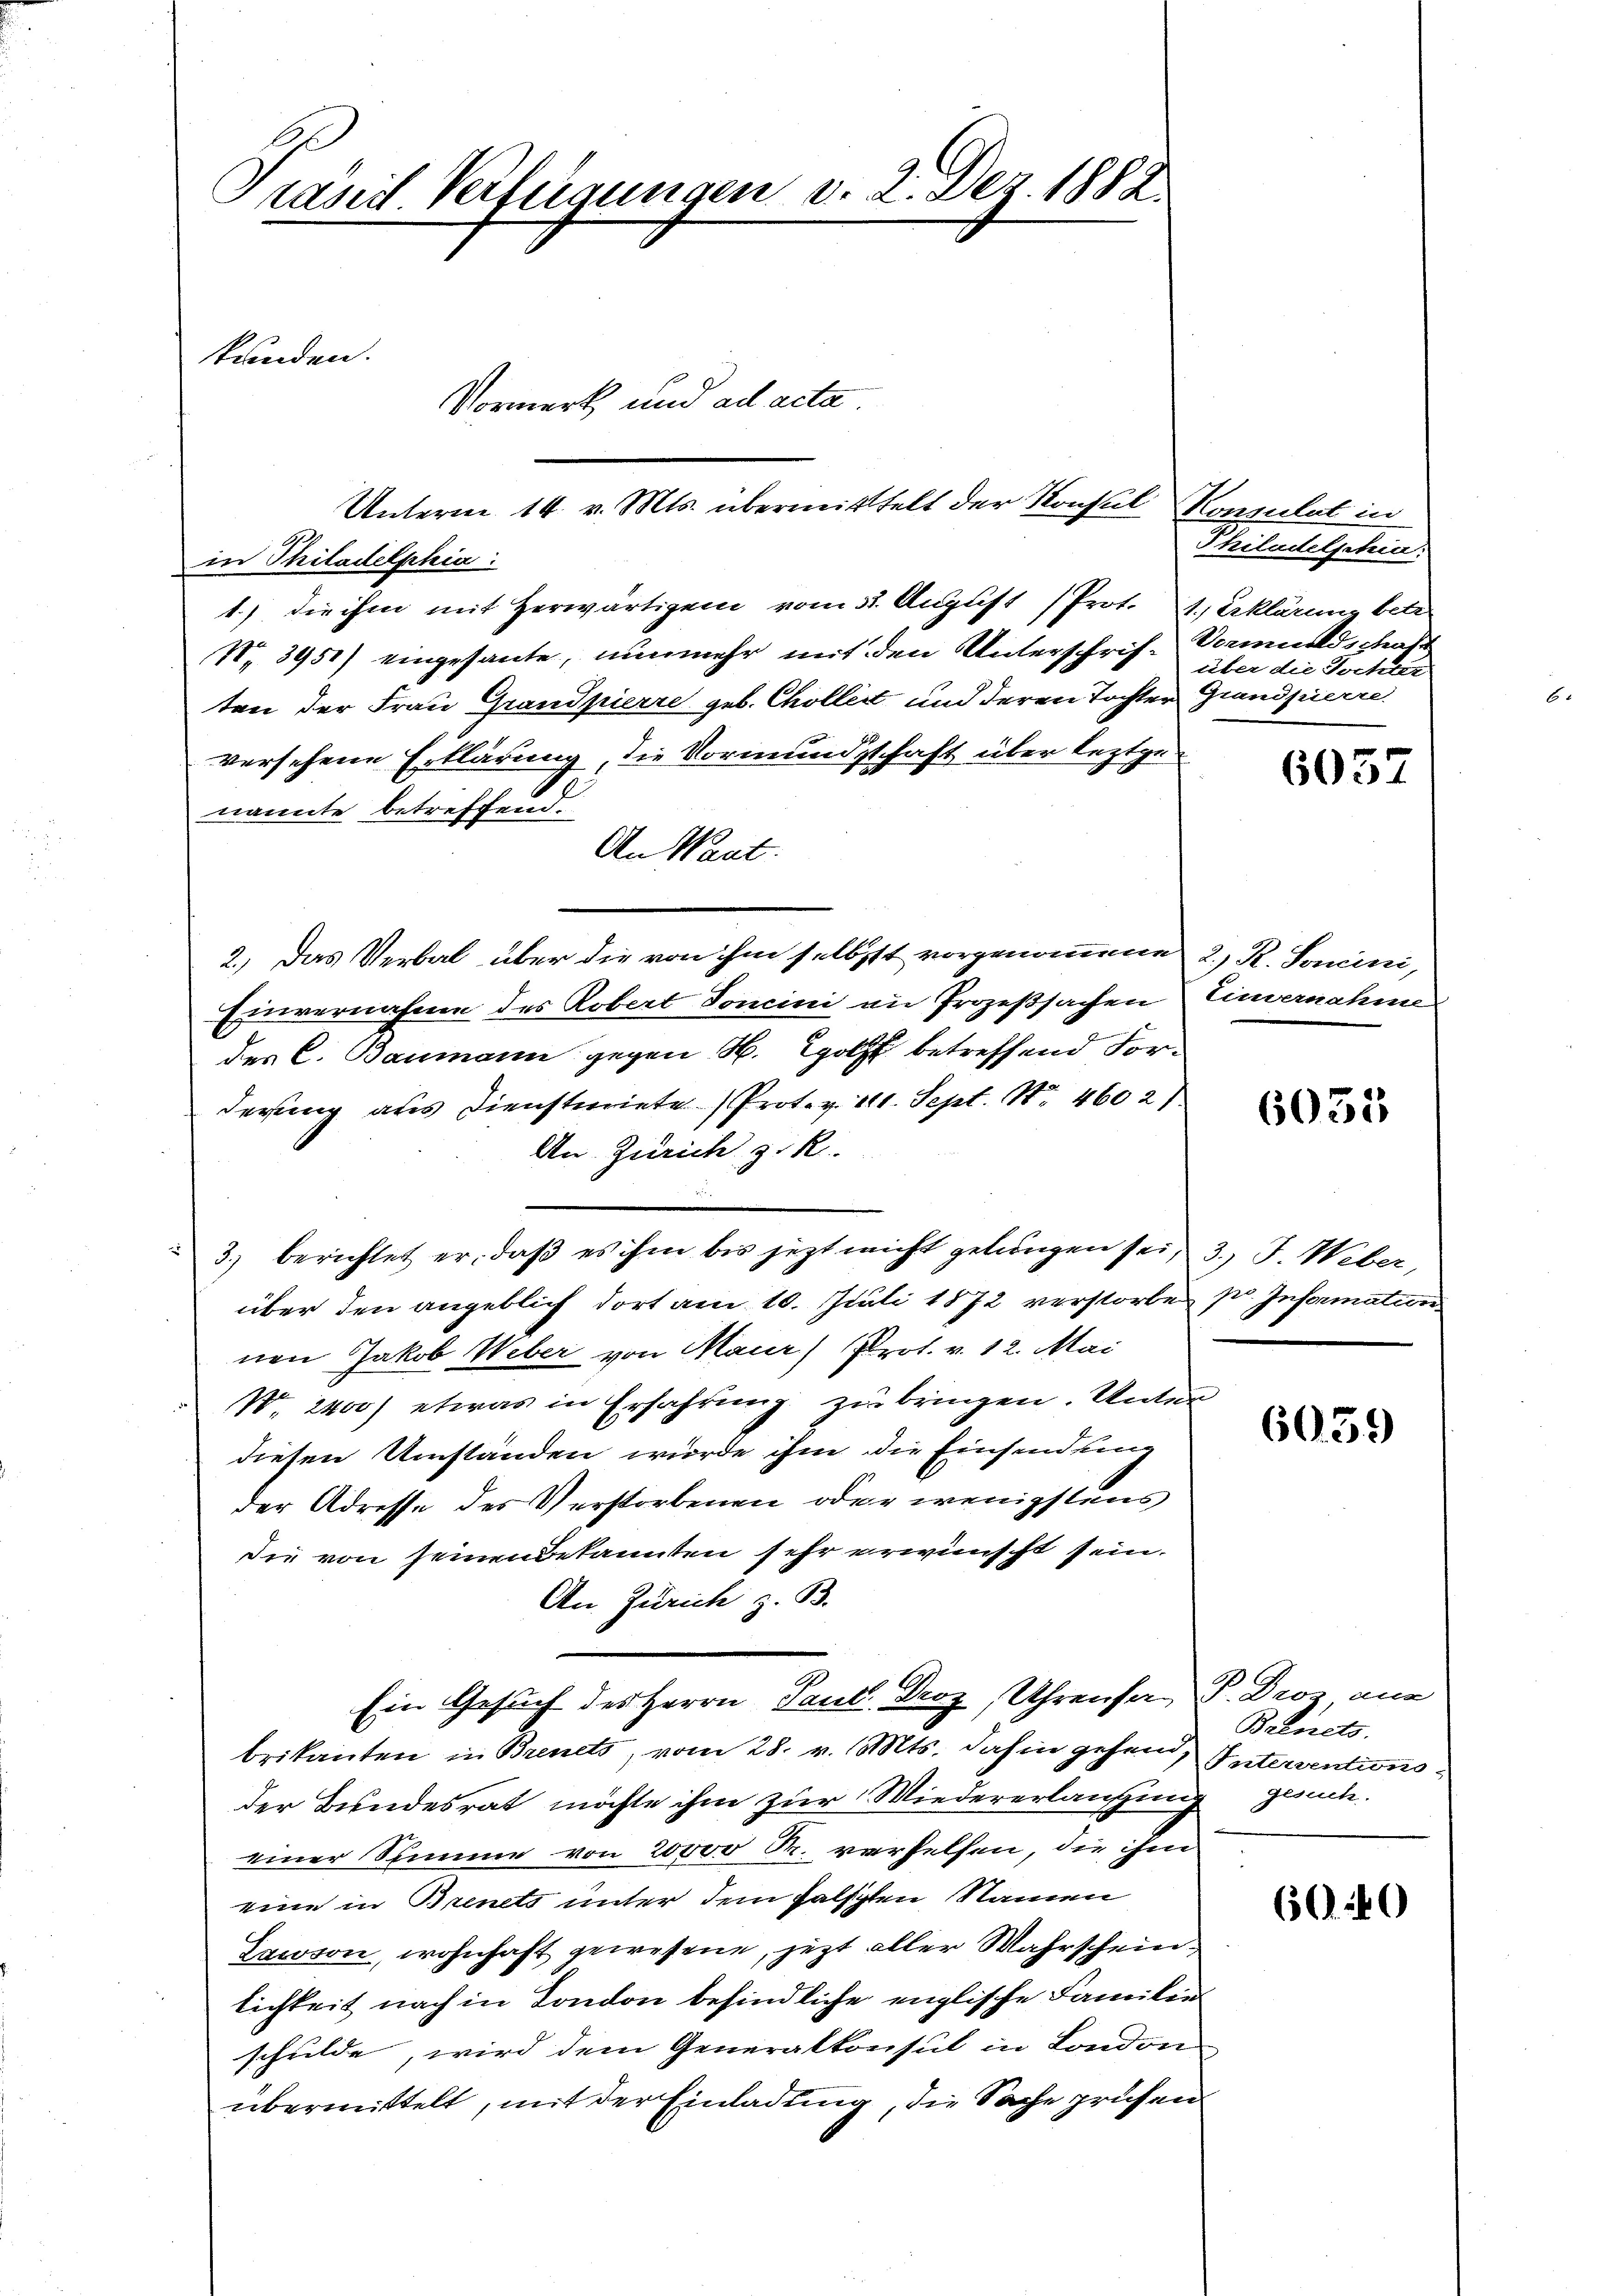
Prasirt Verfügungen v. 2. Dez. 1882

Unterm 14. v. Mts. übermittelt der Konsul Konsulat in
in Philadelphia:
1.) die ihm mit herwärtigen vom 31. August (Prot. 1.) Erklärung betr
No 3951) eingesante, nunmehr mit den Unterschrift über die Tochter
ten der Frau Grandpierre geb. Choller und deren Tochter Grandpierre
versehene Erklärung, die Vormundschaft über leztgenannte betreffend.
An Waat.
2.) Das Verbal über die von ihm selbst vorgenommene 2. R. Somini,
Einvernahme des Robert Toncini an Prozeßsachen Einvernahme
des C. Baumann gegen H. Holz betreffend Forderung aus Diensteriete Prot. v. 10. Sept. Nr. 460 2/
An Zürich z. R.
3.) berichtet er, daß es ihm bis jetzt nicht gelangen sei, 3. J. Weber,
über den angeblich dort am 10. Juli 1872 verstorben pr. Information
nen Jakob Weber von Maur Prot. v. 12. Mai
W. 2400) etwas in Erfahrung zu bringen. Unter
diesen Umständen wurde ihm die Einsendung
der Adresse des Verstorbenen oder wenigstens
die von seinen Bekannten sehr erwünscht sein.
An Zürich z. B.
A
Ein Gesuch des Herrn Paul Droz, Uhrenfer, P. Droz aus
brikanten in Brents, vom 28. v. Mts. dahin gehen Interventionsder Bundesrat möchte ihm zur Wiedererlaufung gesuche.
einer Stimme von 20000 Fr. verhelfen, die ihm
eine in Brents unter dem falschten Namen
Lawson, wohnhaft gewesene, jezt aller Wahrschein
lichkeit nach in London befindliche englische Familie
schulde, wird dem Generalkonsul in London
übermittelt, mit der Einladung, die Sache prüfen

kunden.
Vormerk und ad acta

Philadelstein:
Vormundschaft

6057

6031

6059

Bebnets.

6040